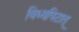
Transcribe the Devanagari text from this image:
विध्यपिटात्